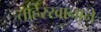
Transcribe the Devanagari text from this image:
ताहेरखानाने